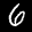
Label: 6